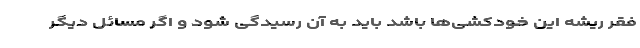
فقر ریشه این خودکشی‌ها باشد باید به آن رسیدگی شود و اگر مسائل دیگر